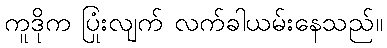
ကူဒိုက ပြုံးလျက် လက်ခါယမ်းနေသည်။